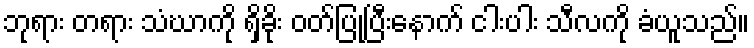
ဘုရား တရား သံဃာကို ရှိခိုး ဝတ်ပြုပြီးနောက် ငါးပါး သီလကို ခံယူသည်။